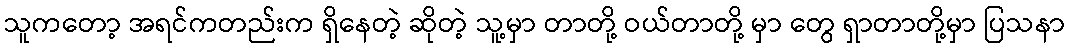
သူကတော့ အရင်ကတည်းက ရှိနေတဲ့ ဆိုတဲ့ သူ့မှာ တာတို့ ဝယ်တာတို့ မှာ တွေ ရှာတာတို့မှာ ပြသနာ